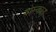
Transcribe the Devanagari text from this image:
वोल्कान